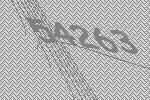
54263